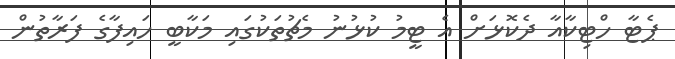
ޕެޓާ ހްޓިކާއާ ދެކޮޅަށް އެ ޓީމު ކުޅުނު މެޗުތަކުގައި މަކާބީ ހައިފާގެ ފަރާތުން